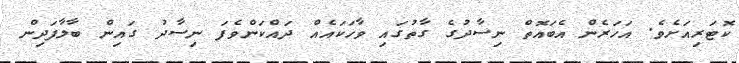
ކޮޓަރިއަށެވެ. އަހަރެން އެބައޮތް ނިސާދުގެ ގާތުގައި ވާހަކައެއް ދައްކަންވެފަ ނިސާދު ގައިން ބާލާފަދިން